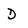
Character: D